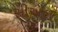
સીએલ